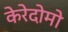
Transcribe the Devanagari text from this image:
केरेदोमो